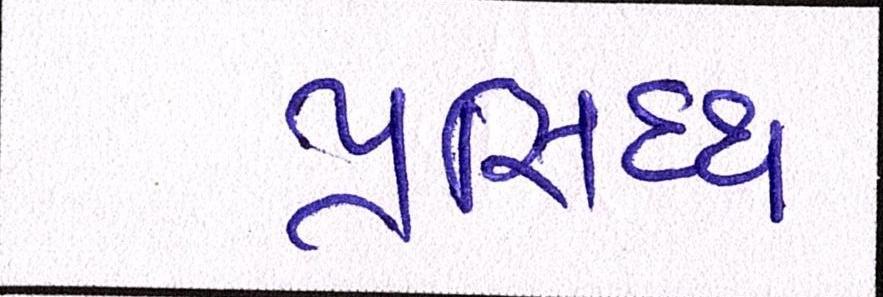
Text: પ્રસિધ્ધ